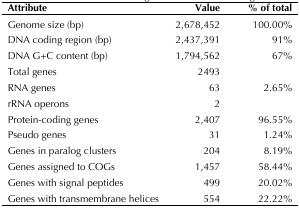
<table><thead><tr><td><b>Attribute</b></td><td><b>Value</b></td><td><b>% of total</b></td></tr></thead><tbody><tr><td>Genome size (bp)</td><td>2,678,452</td><td>100.00%</td></tr><tr><td>DNA coding region (bp)</td><td>2,437,391</td><td>91%</td></tr><tr><td>DNA G+C content (bp)</td><td>1,794,562</td><td>67%</td></tr><tr><td>Total genes</td><td>2493</td><td></td></tr><tr><td>RNA genes</td><td>63</td><td>2.65%</td></tr><tr><td>rRNA operons</td><td>2</td><td></td></tr><tr><td>Protein-coding genes</td><td>2,407</td><td>96.55%</td></tr><tr><td>Pseudo genes</td><td>31</td><td>1.24%</td></tr><tr><td>Genes in paralog clusters</td><td>204</td><td>8.19%</td></tr><tr><td>Genes assigned to COGs</td><td>1,457</td><td>58.44%</td></tr><tr><td>Genes with signal peptides</td><td>499</td><td>20.02%</td></tr><tr><td>Genes with transmembrane helices</td><td>554</td><td>22.22%</td></tr></tbody></table>